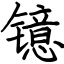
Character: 镱